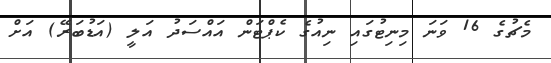
މެޗުގެ 16 ވަނަ މިނިޓުގައި ނިއުގެ ކެޕްޓަން އައްސަދު އަލީ (އަޑުބަރޭ) އަަށް